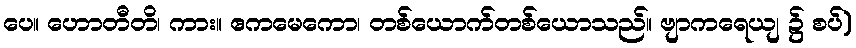
ပေ။ ဟောတီတိ၊ ကား။ ဧကမေကော၊ တစ်ယောက်တစ်ယောသည်။ ဗျာကရေယျ ၌ စပ်)